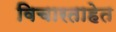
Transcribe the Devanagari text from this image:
विचारताहेत